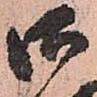
御